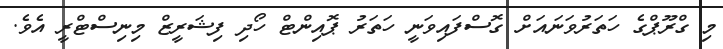
މި ގްރޫޕްގެ ހަތަރުވަނައަށް ގޮސްފައިވަނީ ހަތަރު ޕޮއިންޓް ހޯދި ފިޝަރީޒް މިނިސްޓްރީ އެވެ.